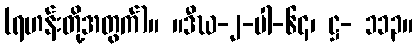
(ရဟန်းတို့အတွက်)။ ။ဒီဃ-၂-ပါ-၆၄၊ ဋ္ဌ- ၁၁၃။